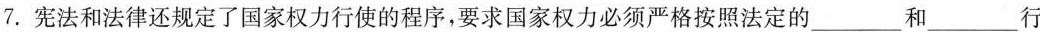
7. 宪法和法律还规定了国家权力行使的程序，要求国家权力必须严格按照法定的___和___行